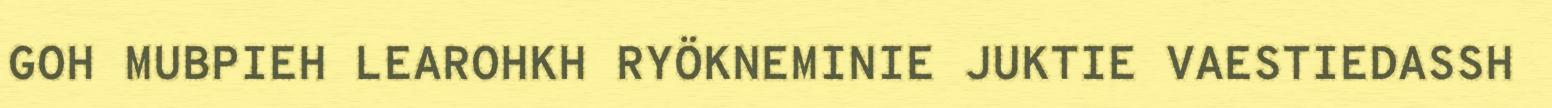
GOH MUBPIEH LEAROHKH RYÖKNEMINIE JUKTIE VAESTIEDASSH